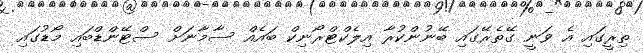
ތިރީގައި އެ ވަނީ ގޭތެރޭގައި ބޭނުންކުރާ އިލެކްޓްރޯނިކް ބައެއް ސާމާނަށް ސްޓޭންޑްބައި މޯޑުގައި